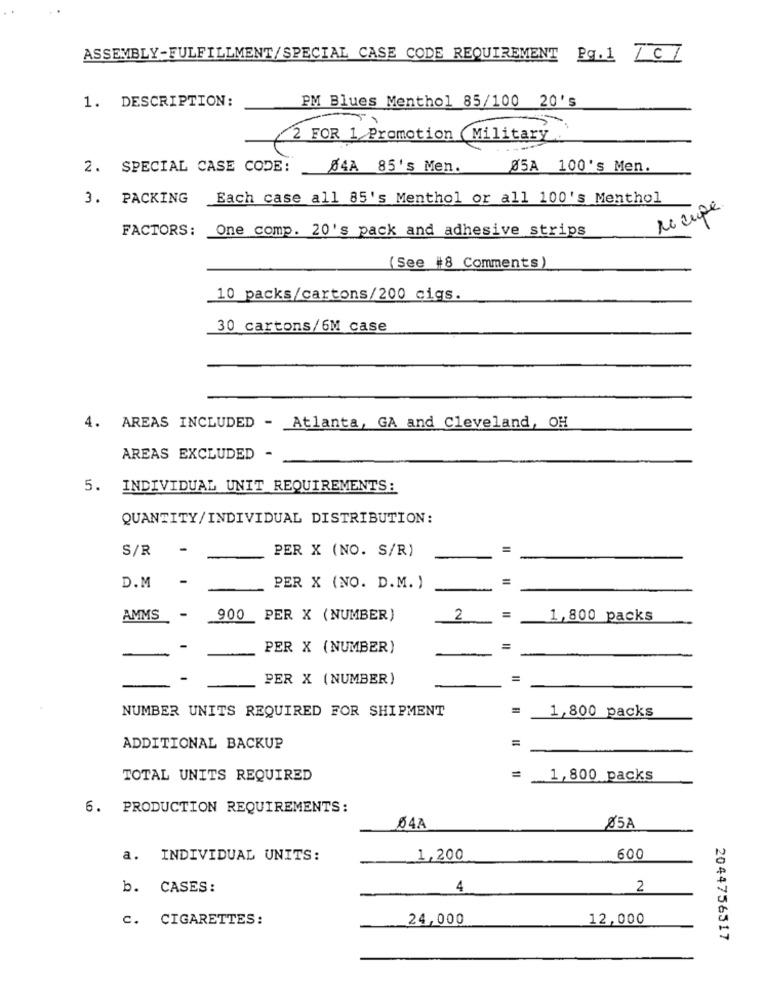
ASSEMBLY-FULFILLMENT/SPECIAL CASE CODE REQUIREMENT Pg.1 /C/
1. DESCRIPTION:
PM Blues Menthol 85/100 20's
2 FOR 1 Promotion (Military
2. SPECIAL CASE CODE:
04A 85's Men.
05A 100's Men.
3. PACKING
Each case all 85's Menthol or all 100's Menthol
recupe
FACTORS:
One comp. 20's pack and adhesive strips
(See #8 Comments)
10 packs/cartons/200 cigs.
30 cartons/6M case
4. AREAS INCLUDED - Atlanta, GA and Cleveland, OH
AREAS EXCLUDED -
5. INDIVIDUAL UNIT REQUIREMENTS:
QUANTITY/INDIVIDUAL DISTRIBUTION:
S/R
PER X (NO. S/R)
-
=
D.M
PER X (NO. D.M. )
AMMS
-
900
PER X (NUMBER)
2
1,800 packs
-
PER X (NUMBER)
-
PER X (NUMBER)
=
NUMBER UNITS REQUIRED FOR SHIPMENT
=
1,800 packs
=
ADDITIONAL BACKUP
TOTAL UNITS REQUIRED
1,800 packs
6. PRODUCTION REQUIREMENTS:
04A
05A
a. INDIVIDUAL UNITS:
1,200
600
b. CASES:
4
2
C. CIGARETTES:
24,000
12,000
2044756317